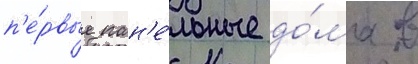
п'е́рвые пан'е́льные до́ма в